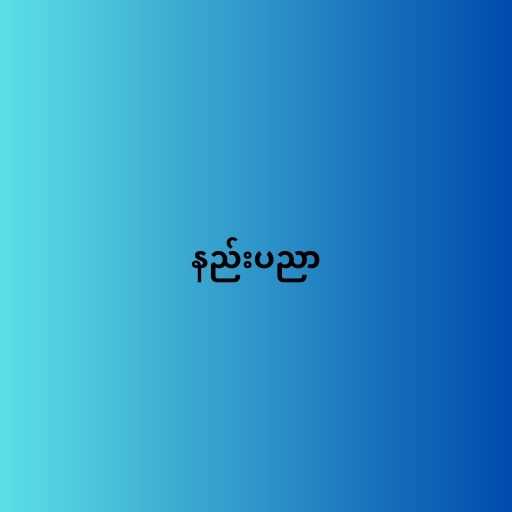
နည်းပညာ